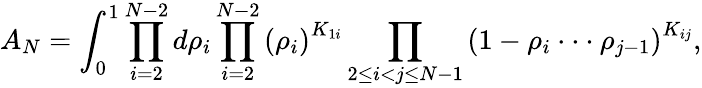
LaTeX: A_{N}=\int_{0}^{1}\prod_{i=2}^{N-2}d\rho_{i}\prod_{i=2}^{N-2}\left(\rho_{i}\right)^{K_{1i}}\prod_{2\le i<j\le N-1}\left(1-\rho_{i}\cdot\cdot\cdot\rho_{j-1}\right)^{K_{ij}},